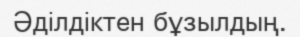
Әділдіктен бұзылдың.